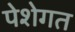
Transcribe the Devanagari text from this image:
पेशेगत